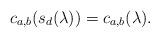
LaTeX: \begin{align*}c_{a,b}(s_{d}(\lambda))=c_{a,b}(\lambda).\end{align*}